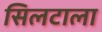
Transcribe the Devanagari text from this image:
सिलटाला